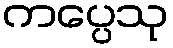
ကပ္ပေသု